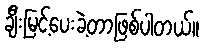
ချီးမြင့်ပေးခဲ့တာဖြစ်ပါတယ်။